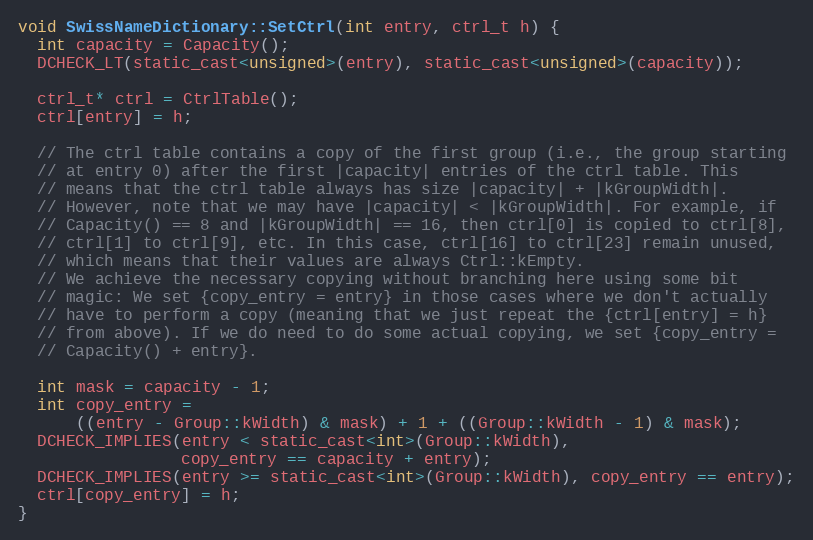
Language: C
void SwissNameDictionary::SetCtrl(int entry, ctrl_t h) {
  int capacity = Capacity();
  DCHECK_LT(static_cast<unsigned>(entry), static_cast<unsigned>(capacity));

  ctrl_t* ctrl = CtrlTable();
  ctrl[entry] = h;

  // The ctrl table contains a copy of the first group (i.e., the group starting
  // at entry 0) after the first |capacity| entries of the ctrl table. This
  // means that the ctrl table always has size |capacity| + |kGroupWidth|.
  // However, note that we may have |capacity| < |kGroupWidth|. For example, if
  // Capacity() == 8 and |kGroupWidth| == 16, then ctrl[0] is copied to ctrl[8],
  // ctrl[1] to ctrl[9], etc. In this case, ctrl[16] to ctrl[23] remain unused,
  // which means that their values are always Ctrl::kEmpty.
  // We achieve the necessary copying without branching here using some bit
  // magic: We set {copy_entry = entry} in those cases where we don't actually
  // have to perform a copy (meaning that we just repeat the {ctrl[entry] = h}
  // from above). If we do need to do some actual copying, we set {copy_entry =
  // Capacity() + entry}.

  int mask = capacity - 1;
  int copy_entry =
      ((entry - Group::kWidth) & mask) + 1 + ((Group::kWidth - 1) & mask);
  DCHECK_IMPLIES(entry < static_cast<int>(Group::kWidth),
                 copy_entry == capacity + entry);
  DCHECK_IMPLIES(entry >= static_cast<int>(Group::kWidth), copy_entry == entry);
  ctrl[copy_entry] = h;
}